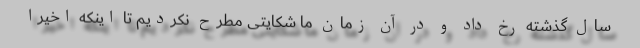
سال گذشته رخ داد و در آن زمان ما شکایتی مطرح نکردیم تا اینکه اخیراً